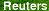
Reuters